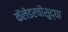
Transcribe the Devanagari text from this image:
कॅलेंडरचीसुद्घा